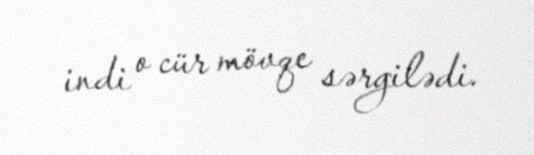
indi o cür mövqe sərgilədi.